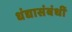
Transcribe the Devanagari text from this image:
धंद्यासंबंधीं